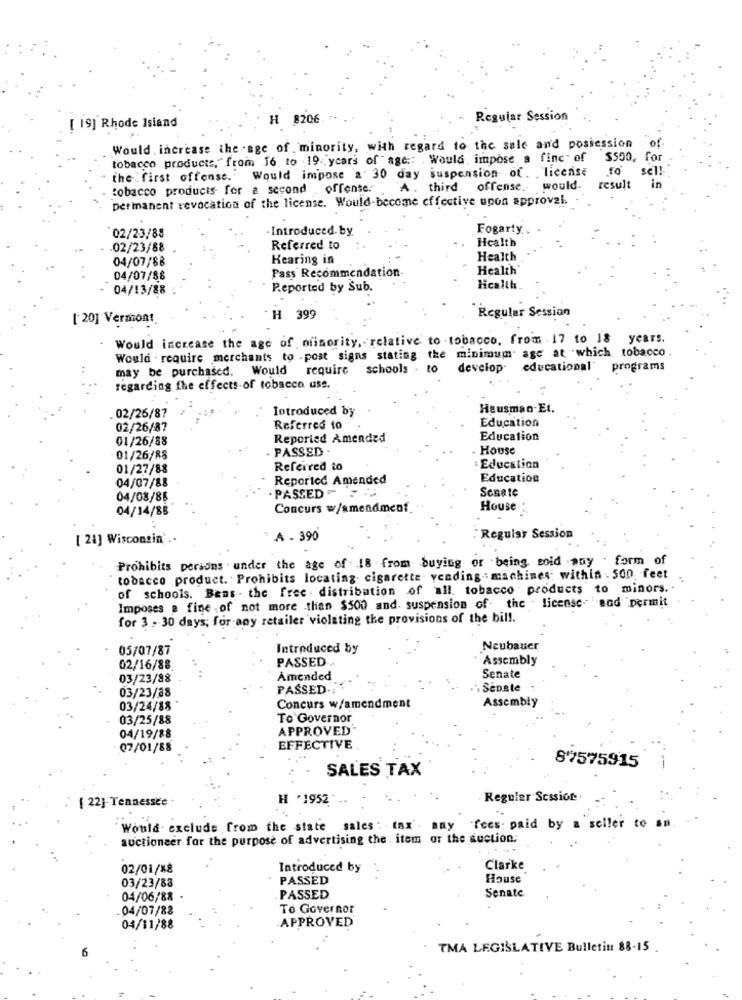
H 8206
Reguiar Session
[ 19] Rhode Island
of
Would . increase the age of minority, with regard to the sale and possession
tobacco products," from 16 to -19 years of age :: Would impose, a finc" of
$500, for
Would impose a 30 day suspension of. license
To
sel!
the first offense.
tobacco products- for a second .offense:
A. third offense. would-
result
permanent revocation of the license. Would-become effective upon approval.
·Introduced by
Fogarty.
02/23/88
Health
.02/23/88
Referred to
04/07/88
Hearing in
Health
Pass Recommendation
Health
04/07/88
04/13/88
Reported by Sub.
Health
[ 20] Vermont
H 399
Regular Session
Would increase the age of niinority, relative to tobacco, from . 17 to 18 years.
Would . require merchants to .post signs stating the minimum age at which tobacco.
may be purchased. Would require
schools . to
deveiop
educational programs
regarding the effects of tobacco uss.
02/25/87
Introduced by
Heusman-Et.
Education
02/26/87
Referred to
01/26/88
Reported Amended
Education
PASSED .
. House
01/26/88
01/27/88
Referred to
Education
04/07/88
Reported Amended
Education
PASSED -
04/08/88
Senate
04/14/88
Concurs w/amendment
House
[ 24] Wisconsin'.
A - 390
Regular Session
Prohibits persons under the age of 18 from buying or being sold any . form of
tobacco product. Prohibits locating cigarette yending .: machines; within . 500 feet
of schools. Bans . the free . distribution of all. tobacco products to minors. .
Imposes a fine .of not more than $500 and. suspension of the - license. and permit
for 3 . 30 days; for any retailer violating the provisions of the bill.
05/07/87
Introduced by
Neubauer
PASSED
Assembly
02/16/88
03/23/88
Amended
Senate
PASSED-
Senate
03/23/88
Assembly
03/24/88
Concurs w/amendment
03/25/88
To Governor
APPROVED
04/19/88
07/01/88
EFFECTIVE
SALES TAX
87575915
H '1952
Regular Session.
{ 22]- Tennessee
Would exclude from the state sales : tax' any 'fees: paid by a seller to sm.
auctioneer for the purpose of advertising the . item or the auction.
02/01/18
Introduced by
Clarke
03/23/83
PASSED
House
Senate
04/06/88
PASSED
.04/07/88
To Governor
04/11/88
.APPROVED
TMA LEGISLATIVE Bulletin 88-15